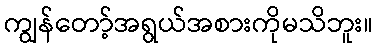
ကျွန်တော့်အရွယ်အစားကိုမသိဘူး။